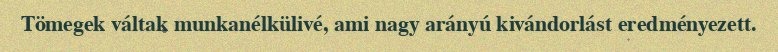
Tömegek váltak munkanélkülivé, ami nagy arányú kivándorlást eredményezett.